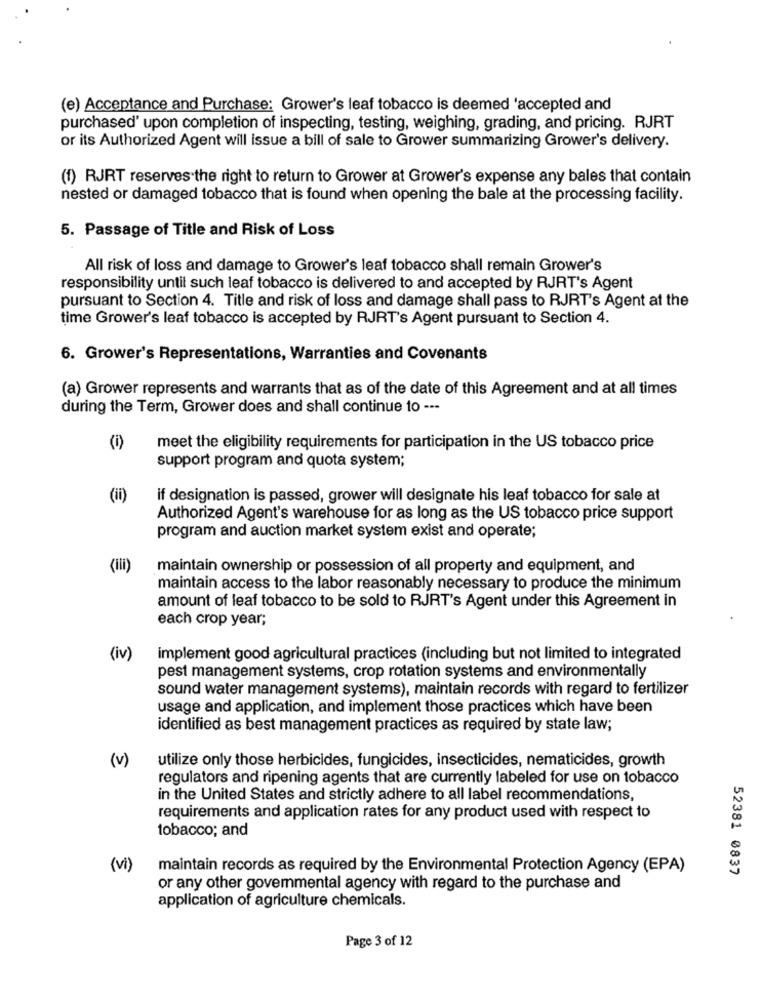
(e) Acceptance and Purchase: Grower's leaf tobacco is deemed 'accepted and
purchased' upon completion of inspecting, testing, weighing, grading, and pricing. RJRT
or its Authorized Agent will issue a bill of sale to Grower summarizing Grower's delivery.
(1) RJRT reserves the right to return to Grower at Grower's expense any bales that contain
nested or damaged tobacco that is found when opening the bale at the processing facility.
5. Passage of Title and Risk of Loss
All risk of loss and damage to Grower's leaf tobacco shall remain Grower's
responsibility until such leaf tobacco is delivered to and accepted by RJRT's Agent
pursuant to Section 4. Title and risk of loss and damage shall pass to RJRT's Agent at the
time Grower's leaf tobacco is accepted by RJRT's Agent pursuant to Section 4.
6. Grower's Representations, Warranties and Covenants
(a) Grower represents and warrants that as of the date of this Agreement and at all times
during the Term, Grower does and shall continue to ---
(i)
meet the eligibility requirements for participation in the US tobacco price
support program and quota system;
(ii)
if designation is passed, grower will designate his leaf tobacco for sale at
Authorized Agent's warehouse for as long as the US tobacco price support
program and auction market system exist and operate;
(ili)
maintain ownership or possession of all property and equipment, and
maintain access to the labor reasonably necessary to produce the minimum
amount of leaf tobacco to be sold to RJRT's Agent under this Agreement in
each crop year;
(iv)
implement good agricultural practices (including but not limited to integrated
pest management systems, crop rotation systems and environmentally
sound water management systems), maintain records with regard to fertilizer
usage and application, and implement those practices which have been
identified as best management practices as required by state law;
utilize only those herbicides, fungicides, insecticides, nematicides, growth
(v)
regulators and ripening agents that are currently labeled for use on tobacco
in the United States and strictly adhere to all label recommendations,
requirements and application rates for any product used with respect to
tobacco; and
(vi)
maintain records as required by the Environmental Protection Agency (EPA)
52381 0837
or any other govemmental agency with regard to the purchase and
application of agriculture chemicals.
Page 3 of 12